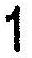
1